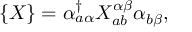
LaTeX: \{ X \} = \alpha _ { a \alpha } ^ { \dagger } X _ { a b } ^ { \alpha \beta } \alpha _ { b \beta } ,